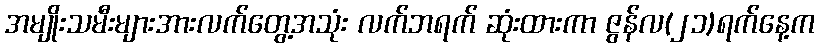
အမျိုးသမီးများအားလက်တွေ့အသုံး လက်ဘရက် ဆုံးထားကာ ဇွန်လ(၂၁)ရက်နေ့က